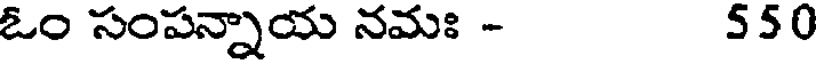
ఓం సంపన్నాయ నమః - 550